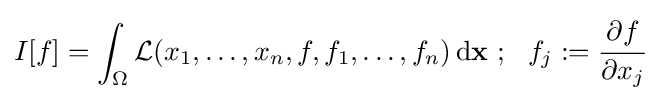
I[f]=\int _{\Omega }{\mathcal {L}}(x_{1},\dots ,x_{n},f,f_{1},\dots ,f_{n})\,\mathrm {d} \mathbf {x} \,\!~;~~f_{j}:={\cfrac {\partial f}{\partial x_{j}}}